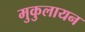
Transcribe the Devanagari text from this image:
मुकुलायन